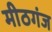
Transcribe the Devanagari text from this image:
मीठगंज